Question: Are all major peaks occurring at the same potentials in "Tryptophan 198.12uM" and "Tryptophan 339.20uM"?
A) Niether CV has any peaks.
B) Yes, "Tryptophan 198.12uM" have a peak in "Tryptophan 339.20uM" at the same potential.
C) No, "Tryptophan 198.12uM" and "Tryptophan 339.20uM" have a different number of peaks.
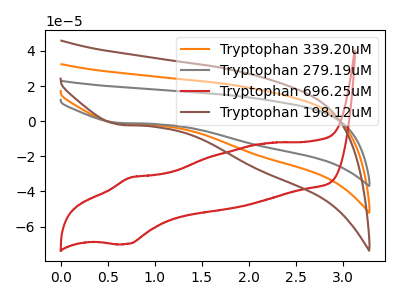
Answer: <think>The orange curve "Tryptophan 339.20uM" has a cathodic peak at: (0.60V, -1.35uA). The gray curve "Tryptophan 279.19uM" has a cathodic peak at: (0.60V, -2.65uA). The red curve "Tryptophan 696.25uM" has an anodic peak at (0.75V, -32.05uA) and a cathodic peak at (0.70V, -69.80uA). The brown curve "Tryptophan 198.12uM" has a cathodic peak at: (0.60V, -1.90uA).</think>
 <answer>B) Yes, "Tryptophan 198.12uM" have a peak in "Tryptophan 339.20uM" at the same potential.</answer>
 <eval>B</eval>